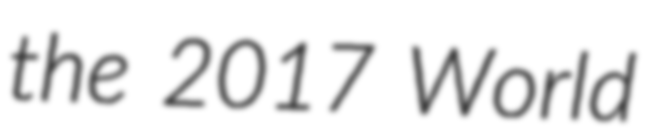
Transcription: the 2017 World